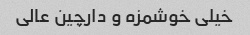
خیلی خوشمزه و دارچین عالی